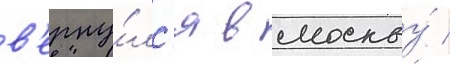
в'ерну́лс'я в москву́ /